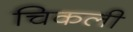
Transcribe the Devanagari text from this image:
चिकली